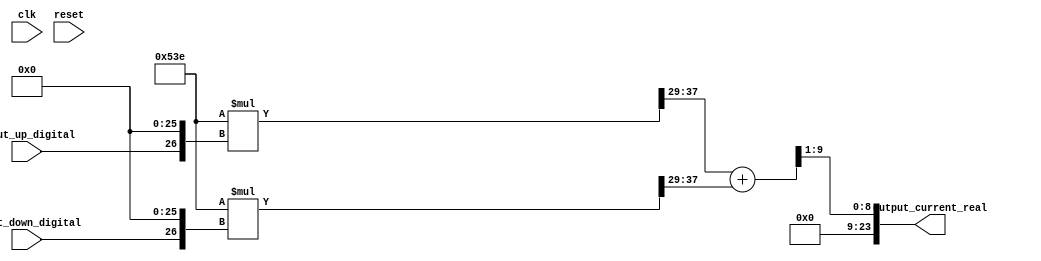


module charge_pump #
(
  parameter up_current_param = 1342,
  parameter down_current_param = 1342
)
(
  input clk,
  input reset,
  input [1-1:0] input_up_digital,
  input [1-1:0] input_down_digital,
  output [24-1:0] output_current_real
);

  wire [25-1:0] truncR_0;
  wire [25-1:0] padl_1;
  wire [24-1:0] padl_bits_2;
  wire [1-1:0] toSInt_3;
  assign toSInt_3 = 0;
  wire [24-1:0] toSInt_imm_4;
  wire [52-1:0] truncR_5;
  wire [54-1:0] truncval_6;
  wire [54-1:0] padl_7;
  wire [27-1:0] padl_bits_8;
  wire [27-1:0] padl_9;
  wire [26-1:0] padl_bits_10;
  wire [26-1:0] param_11;
  assign param_11 = up_current_param;
  assign padl_bits_10 = param_11;
  wire [1-1:0] padl_bits_zero_12;
  assign padl_bits_zero_12 = 0;
  assign padl_9 = { padl_bits_zero_12, padl_bits_10 };
  assign padl_bits_8 = padl_9;
  wire [27-1:0] padl_bits_zero_13;
  assign padl_bits_zero_13 = 0;
  assign padl_7 = { padl_bits_zero_13, padl_bits_8 };
  wire [54-1:0] padl_14;
  wire [27-1:0] padl_bits_15;
  wire [27-1:0] padr_16;
  wire [26-1:0] padr_bits_17;
  assign padr_bits_17 = 0;
  assign padr_16 = { input_up_digital, padr_bits_17 };
  assign padl_bits_15 = padr_16;
  wire [27-1:0] padl_bits_zero_18;
  assign padl_bits_zero_18 = 0;
  assign padl_14 = { padl_bits_zero_18, padl_bits_15 };
  assign truncval_6 = padl_7 * padl_14;
  assign truncR_5 = truncval_6[51:0];
  wire [52-1:0] truncR_19;
  wire [54-1:0] truncval_20;
  wire [54-1:0] padl_21;
  wire [27-1:0] padl_bits_22;
  wire [27-1:0] padl_23;
  wire [26-1:0] padl_bits_24;
  wire [26-1:0] param_25;
  assign param_25 = down_current_param;
  assign padl_bits_24 = param_25;
  wire [1-1:0] padl_bits_zero_26;
  assign padl_bits_zero_26 = 0;
  assign padl_23 = { padl_bits_zero_26, padl_bits_24 };
  assign padl_bits_22 = padl_23;
  wire [27-1:0] padl_bits_zero_27;
  assign padl_bits_zero_27 = 0;
  assign padl_21 = { padl_bits_zero_27, padl_bits_22 };
  wire [54-1:0] padl_28;
  wire [27-1:0] padl_bits_29;
  wire [27-1:0] padr_30;
  wire [26-1:0] padr_bits_31;
  assign padr_bits_31 = 0;
  assign padr_30 = { input_down_digital, padr_bits_31 };
  assign padl_bits_29 = padr_30;
  wire [27-1:0] padl_bits_zero_32;
  assign padl_bits_zero_32 = 0;
  assign padl_28 = { padl_bits_zero_32, padl_bits_29 };
  assign truncval_20 = padl_21 * padl_28;
  assign truncR_19 = truncval_20[51:0];
  assign toSInt_imm_4 = { toSInt_3, truncR_5[51:29] + truncR_19[51:29] };
  assign padl_bits_2 = toSInt_imm_4;
  assign padl_1 = { { 1{ padl_bits_2[23] } }, padl_bits_2 };
  assign truncR_0 = padl_1;
  wire [24-1:0] truncR_shift_33;
  assign truncR_shift_33 = truncR_0 >>> 1;
  wire [24-1:0] truncR_imm_34;
  assign truncR_imm_34 = (truncR_0[24])? truncR_shift_33[23:0] : truncR_0[24:1];
  assign output_current_real = truncR_imm_34;

endmodule